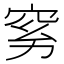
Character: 𰩉